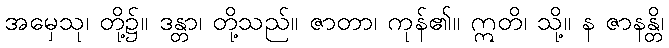
အမှေသု၊ တို့၌။ ဒန္တာ၊ တို့သည်။ ဇာတာ၊ ကုန်၏။ ဣတိ၊ သို့။ န ဇာနန္တိ၊